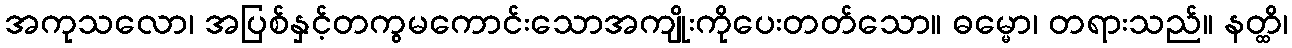
အကုသလော၊ အပြစ်နှင့်တကွမကောင်းသောအကျိုးကိုပေးတတ်သော။ ဓမ္မော၊ တရားသည်။ နတ္ထိ၊